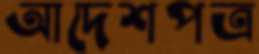
আদেশপত্র